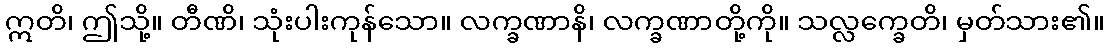
ဣတိ၊ ဤသို့။ တီဏိ၊ သုံးပါးကုန်သော။ လက္ခဏာနိ၊ လက္ခဏာတို့ကို။ သလ္လက္ခေတိ၊ မှတ်သား၏။